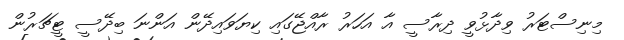
މިނިސްޓަރު ވިދާޅުވީ ދިރާސީ އާ އަހަރު ރާއްޖޭގައި ކިޔަވައިދޭން އަންނަ ބިދޭސީ ޓީޗަރުން